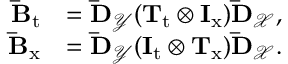
\begin{array} { r l } { \mathbf { \bar { B } } _ { \mathrm { t } } } & { = \mathbf { \bar { D } } _ { \mathcal { Y } } ( \mathbf { T } _ { \mathrm { t } } \otimes \mathbf { I } _ { \mathrm { x } } ) \mathbf { \bar { D } } _ { \mathcal { X } } , } \\ { \mathbf { \bar { B } } _ { \mathrm { x } } } & { = \mathbf { \bar { D } } _ { \mathcal { Y } } ( \mathbf { I } _ { \mathrm { t } } \otimes \mathbf { T } _ { \mathrm { x } } ) \mathbf { \bar { D } } _ { \mathcal { X } } . } \end{array}